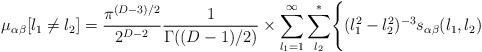
LaTeX: \begin{align*}\mu_{\alpha\beta}[l_1\neq l_2]={\pi^{(D-3)/2}\over 2^{D-2}}{1\over \Gamma((D-1)/2)}\times\sum_{l_1=1}^{\infty}\sum^*_{l_2}\Biggl\{(l_1^2-l_2^2)^{-3}s_{\alpha\beta}(l_1,l_2)\end{align*}